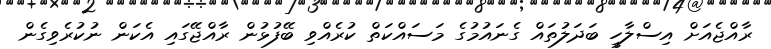
ރާއްޖެއަށް އިސްލާހީ ބަދަލުތައް ގެނައުމުގެ މަސައްކަތް ކުރެއްވި ބޭފުޅުން ރާއްޖޭގައި އެކަން ނުކުރެވިގެން